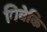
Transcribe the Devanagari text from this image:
विवेकि